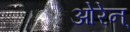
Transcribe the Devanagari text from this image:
ओरेन्